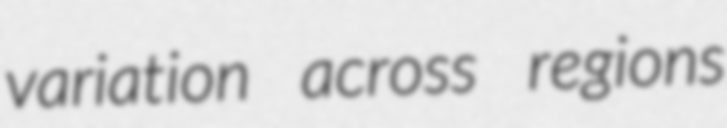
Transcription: variation across regions